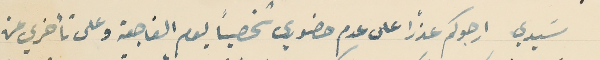
سَيدي ارجوكم عذرًا على عدم حضوري شخصياً يوم الفاجعة وعلى تأخري عن